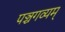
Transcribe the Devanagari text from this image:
पञ्चगव्यम्